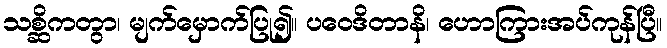
သစ္ဆိကတွာ၊ မျက်မှောက်ပြု၍။ ပဝေဒိတာနိ၊ ဟောကြားအပ်ကုန်ပြီ။